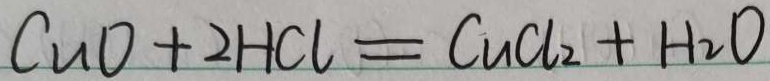
C u O + 2 H C l = C u C l _ { 2 } + H _ { 2 } O